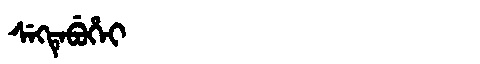
Manchu: ᠰᡝᡴᡨᡝᠪᡠᡥᡝᡳ
Romanization: SEKTEBUHEI